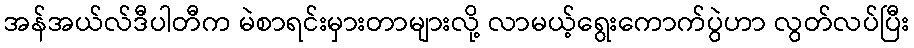
အန်အယ်လ်ဒီပါတီက မဲစာရင်းမှားတာများလို့ လာမယ့်ရွေးကောက်ပွဲဟာ လွတ်လပ်ပြီး